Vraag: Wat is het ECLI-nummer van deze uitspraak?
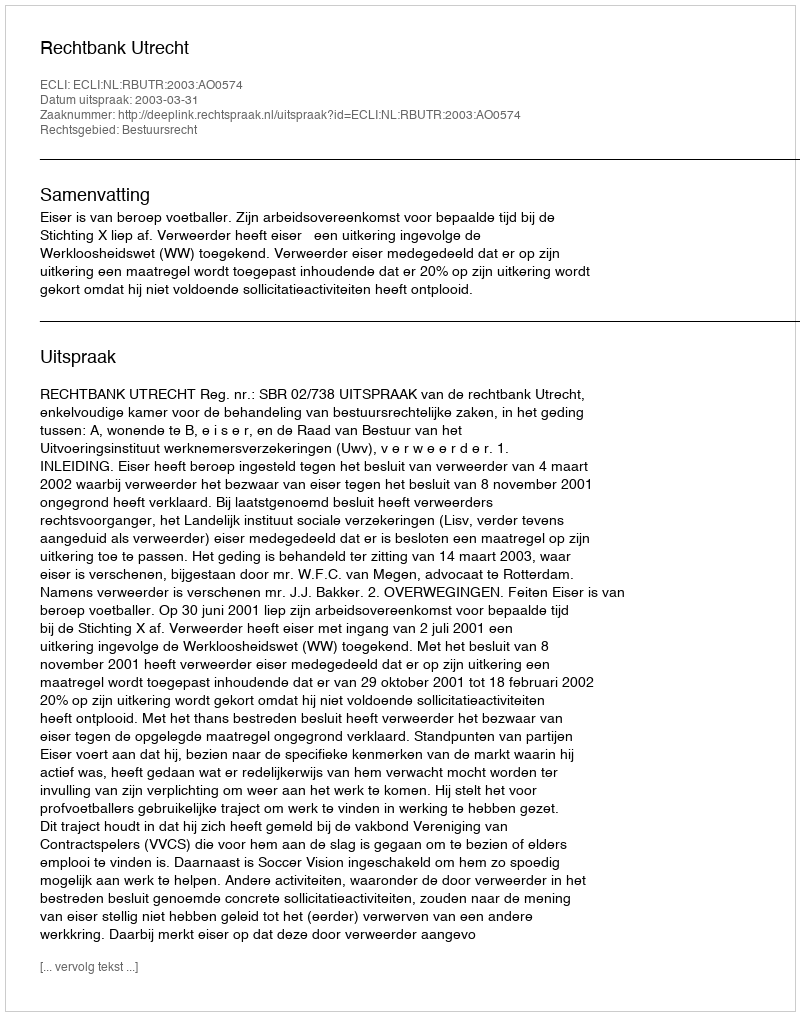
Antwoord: ECLI:NL:RBUTR:2003:AO0574